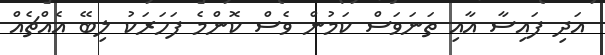
އަދި ފައިސާ އާއި ތަނަވަސް ކަމުން ވެސް ކޮންމެ ފަހަރަކު ލިބޭ އެއްޗެއް